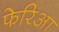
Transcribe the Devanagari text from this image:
फेरिआ